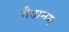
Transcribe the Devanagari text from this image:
मैदानम